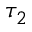
\tau _ { 2 }